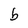
Character: b